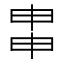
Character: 𤱓